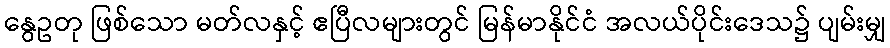
နွေဥတု ဖြစ်သော မတ်လနှင့် ဧပြီလများတွင် မြန်မာနိုင်ငံ အလယ်ပိုင်းဒေသ၌ ပျမ်းမျှ